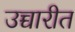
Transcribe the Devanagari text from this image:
उच्चारीत